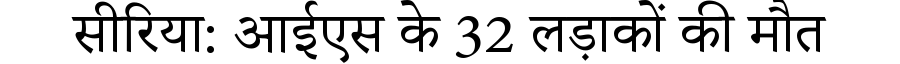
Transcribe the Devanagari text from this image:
सीरिया: आईएस के 32 लड़ाकों की मौत